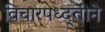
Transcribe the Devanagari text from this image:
विचारपध्द्तीने